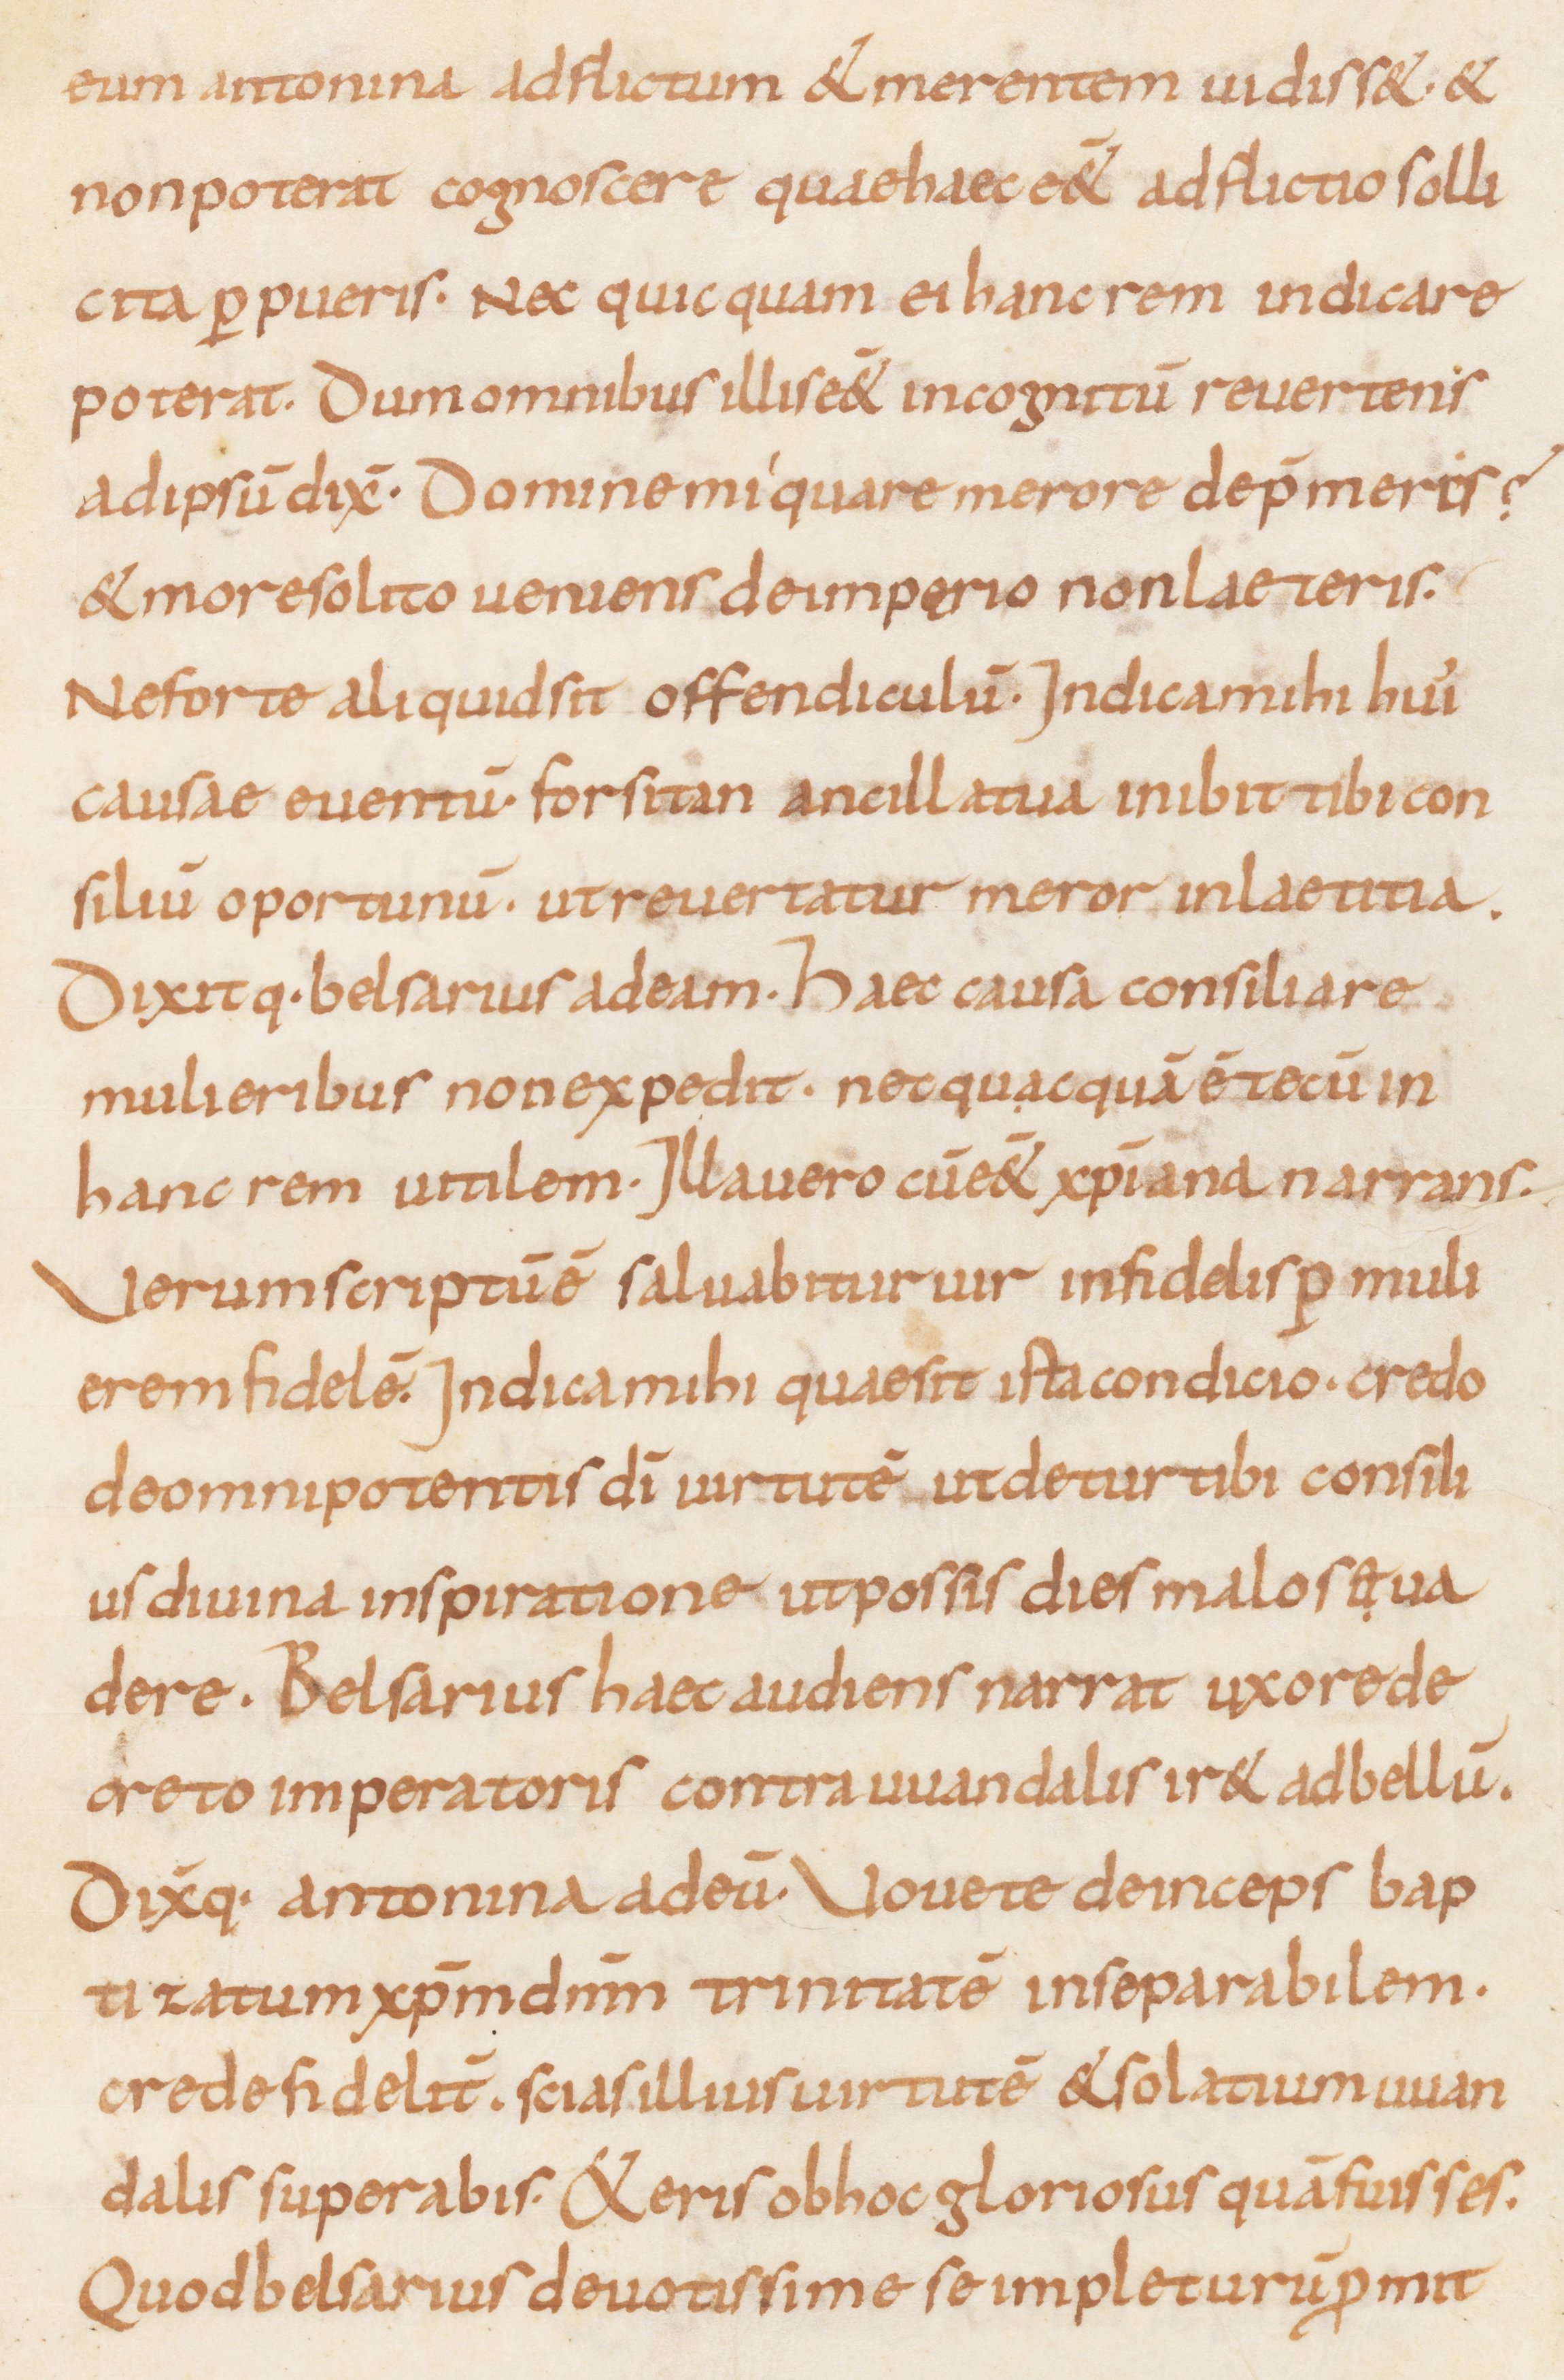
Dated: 815–845